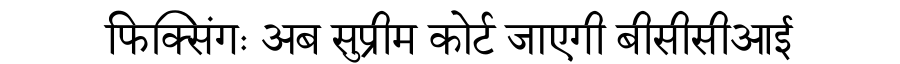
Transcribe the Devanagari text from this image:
फिक्सिंगः अब सुप्रीम कोर्ट जाएगी बीसीसीआई